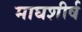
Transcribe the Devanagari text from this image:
माघशीर्ष